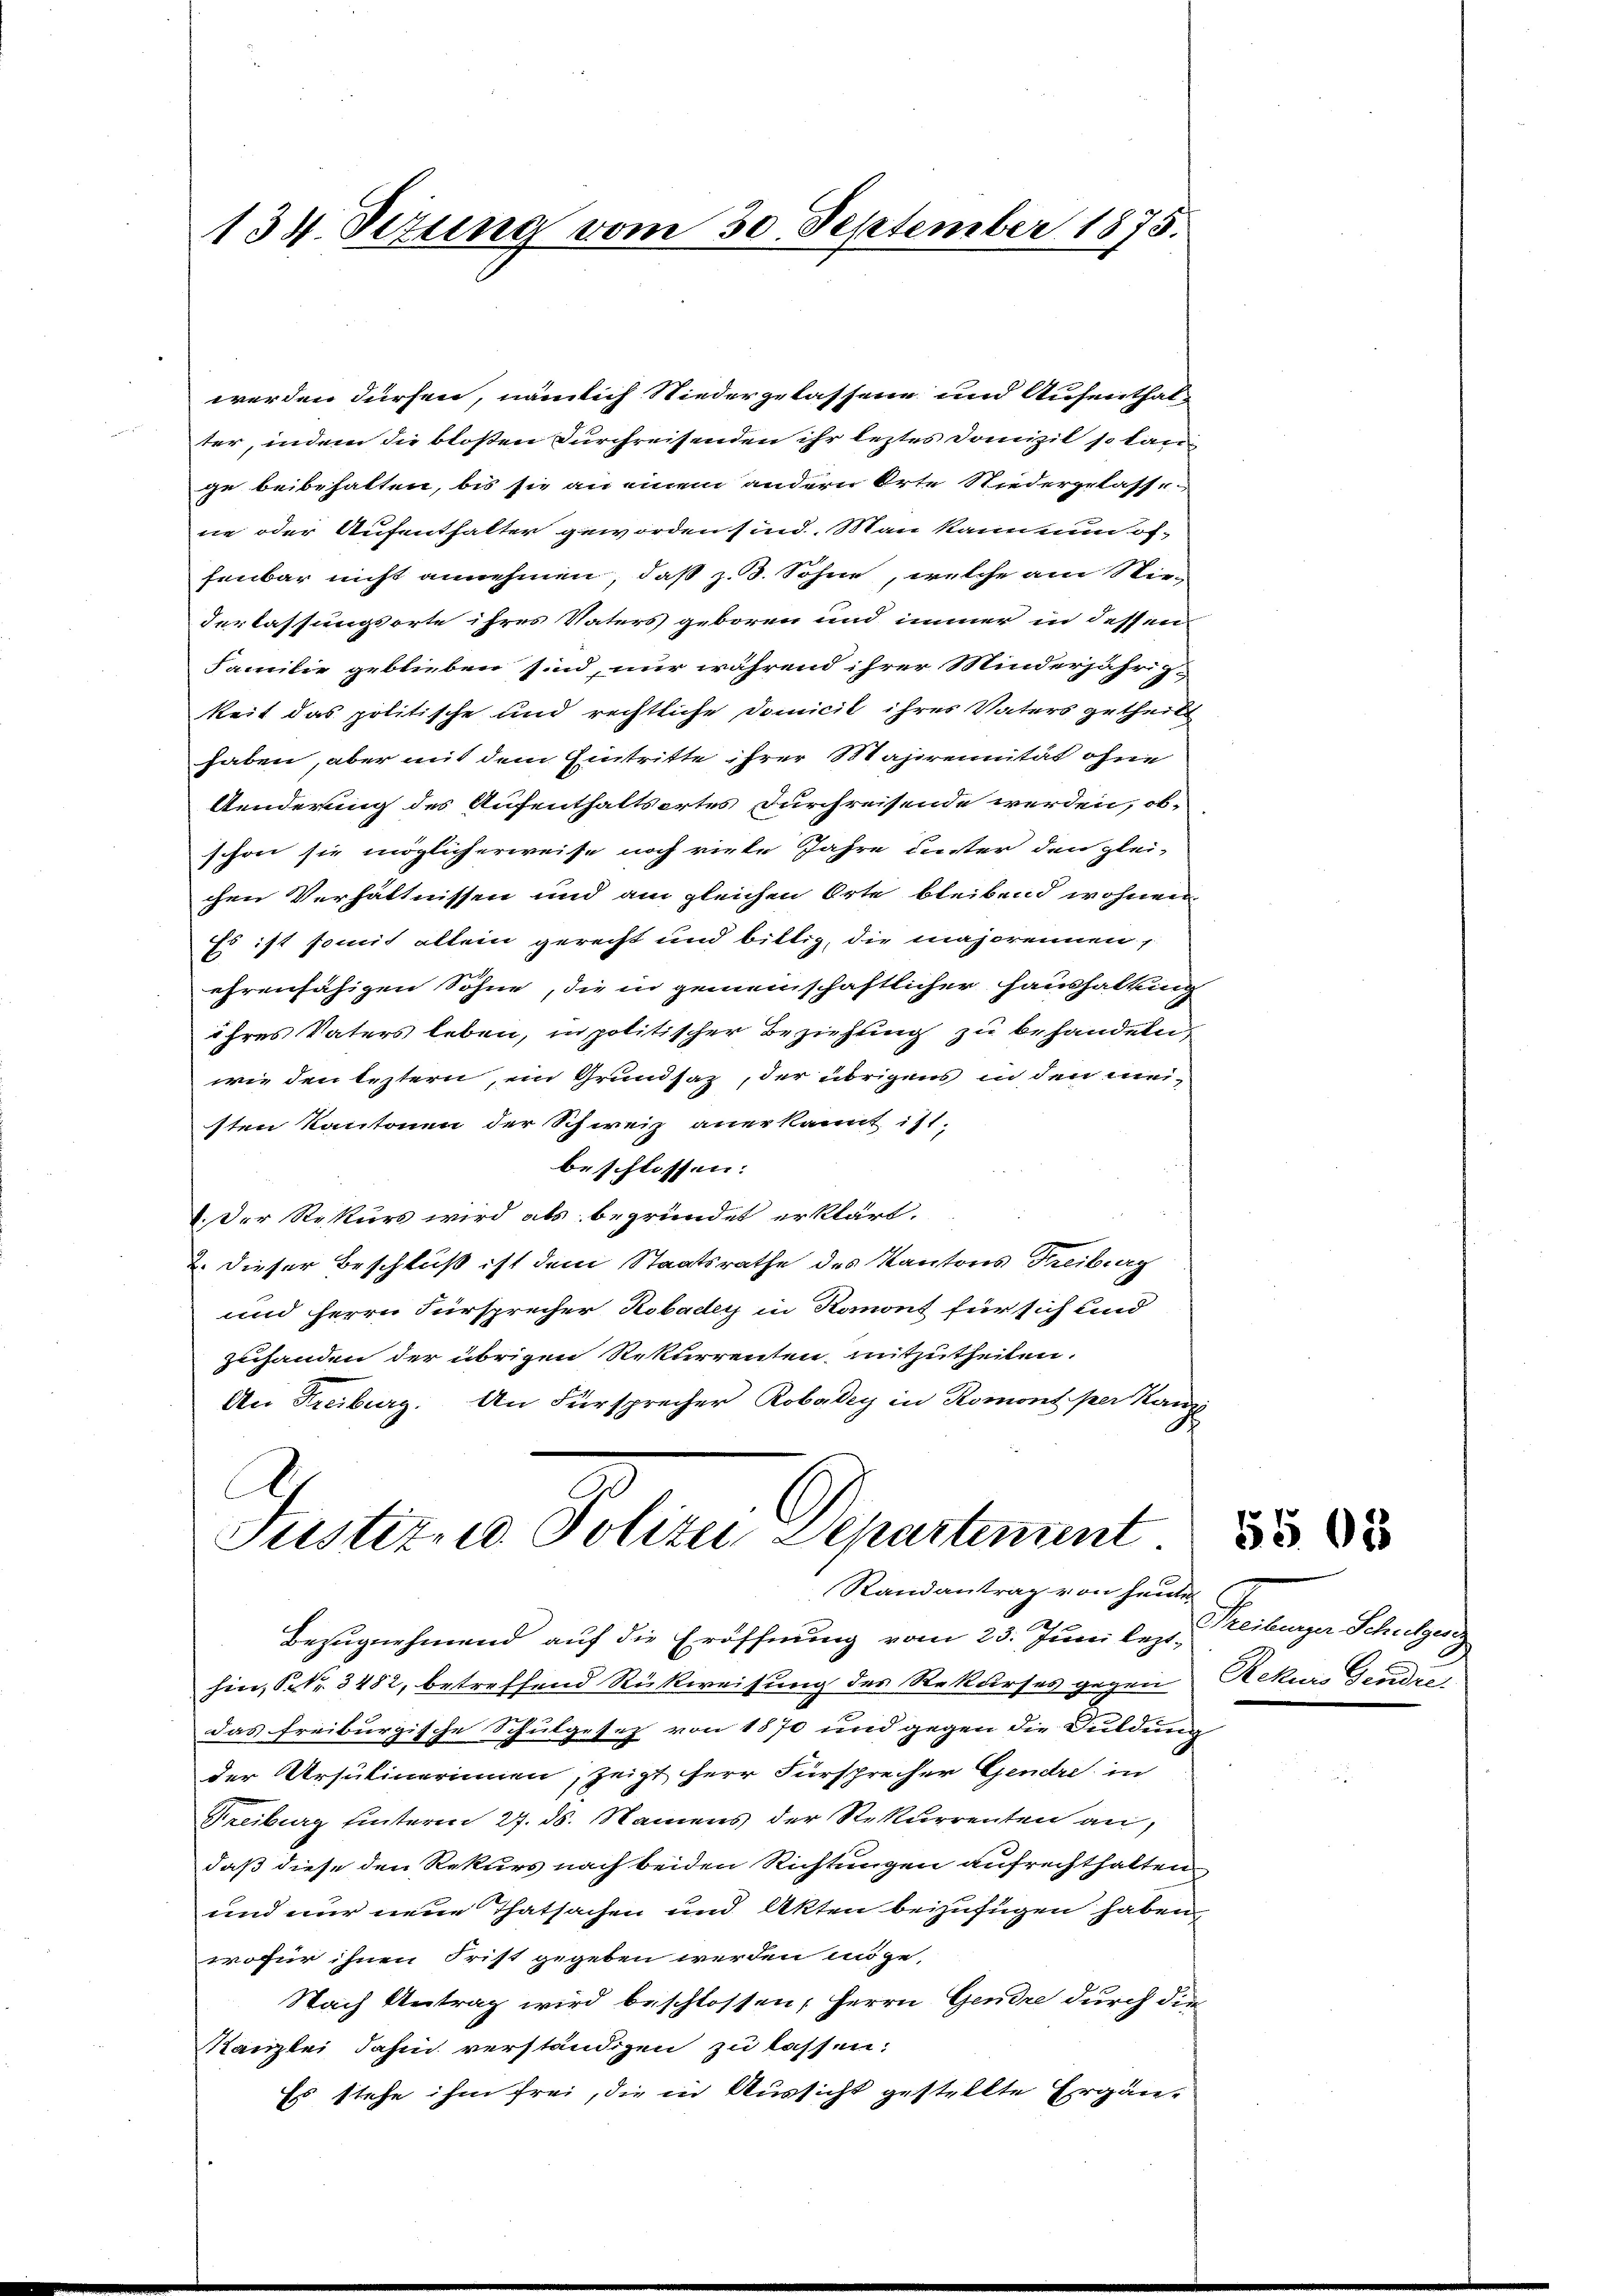
134. Dezung vom 30. September 1875.

werden dürfen, nämlich Niedergelassene und Aufenthal-
ter, indem die bloßen Furchreisenden ihr leztes Domizil so lange beibehalten, bis sie an einem andern Orte Niedergelasse-
ne oder Aufenthalter geworden sind. Man kann nun of-
fenbar nicht annehmen, daß z. B. Sohne, welche am Niederlassungsorte ihres Vaters geboren und immer in dessen
Familie geblieben sind, nur während ihrer Minderjährig-
keit das politische und rechtliche Domicil ihres Vaters getheilt
haben, aber mit dem Eintritte ihrer Mahirennität ohne
Aenderung des Aufenthaltsortes Durchreisende werden, ob
schon sie möglicherweise noch viele Jahre unter den glei-
chen Verhältnissen und am gleichen Orte bleibend wohnen
Es ist somit allein gerecht und bittig, die majorennen,
ehrenfähigen Söhne, die in gemeinschaftlicher Haushaltung
ihres Vaters leben, in politischer Beziehung zu behandeln,
wie den leztern, ein Grundsaz, der übrigens in den meisten Kantonen der Schweiz anerkannt ist.
beschlossen:
1. Der Rekurs wird als begründet erklärt.
2. dieser Beschluß ist dem Staatsrathe des Kantons Freiburg
und Herrn Fürsprecher Robader in Romont für sich und
zuhanden der übrigen Rekurrenten, mitzutheilen.
An Freiburg. An Fürsprecher Robadey in Romont per Kanz
A

Justiz und Polizei Departement.
Randantrag von heute

Bezugnehmend auf die Eröffnung vom 23. Juni lezt-
hin, S. Nr. 3482, betreffend Rückweisung des Rekurses gegen Rekurs Ganden
das freiburgische Schulgesetz von 1870 und gegen die Duldung
der Ursulinerinnen, zeigt herr Fürsprecher Gendre in
Freiburg hinterm 27. ds. Namens der Rekurrenten an,
daß diese den Rekurs nach beiden Richtungen aufrechthalten.
und nur neue Thatsachen und Akten beizufügen haben,
wofür ihnen Frist gegeben werden möge,
Nach Antrag wird beschlossen, Herrn Gendre durch die
Kanzlei Jahn verständigen zu lassen:
Es stehe ihm frei, die in Aussicht gestellte Ergän¬

Gelangen Schatzung